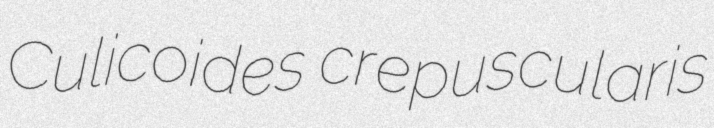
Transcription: Culicoides crepuscularis